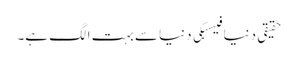
حقیقی دنیا فیسبکی دنیا سے بہت الگ ہے۔